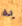
به